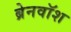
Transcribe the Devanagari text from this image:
ब्रेनवाॅश